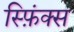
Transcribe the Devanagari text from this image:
स्फ़िंक्स